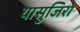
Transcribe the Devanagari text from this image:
यासुजिरो